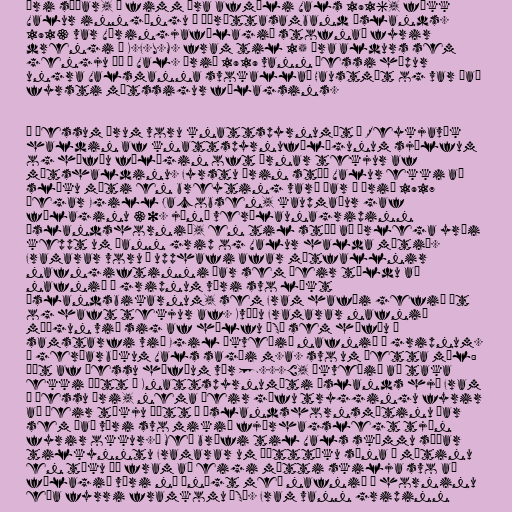
Ári síðar, á fimm ára afmæli Vals 1916, fékk
Valur inngöngu í Íþróttasamband Íslands.
1913 var Væringjafélagið stofnað fyrir
drengi í K.F.U.M. fram til 15 ára aldurs sem
gengju þá í Val. Árið 1919 vann þessi hópur
ungra Valsmanna svokallað Haustmót og var það
fyrsti mótssigur félagsins.

Á þessum árum voru knattspyrnumót í Reykjavík
haldin af knattspyrnufélögunum sjálfum
og höfðu félögin oft ærnar tekjur af
mótshaldinu. Fyrstu árin stóð Valur ekki að
slíku móti en breyting varð þar á árið 1917
þegar Egill Jacobsen, kaupmaður gaf
félaginu 30. júní verðlaunagripinn
Íslandshornið, en til stóð að árlega yrði
keppt um þann grip og Valur halda mótið.
Framarar voru í upphafi afar mótfallnir
nafngiftinni þar sem þeir töldu að
nafnið á gripnum væri svo líkt
Íslandsbikarnum, sem Fram hafði gefið út
og haft tekjur af. Kváðu Framarar nafnið
móðgun við sig af hálfu ÍSÍ sem höfðu í
samstarfi við Egil ákveðið nafnið á gripnum.
Í gerðarbókum Vals sagði m.a. svo um þetta mál:
„Út af þessu höfðum vér [...], ákveðið að taka
ekki þátt í Knattspyrnumóti Íslands hjá Fram
á þessu ári, nema þeir gæfu tryggingu fyrir
að þeir tækju þátt í Íslandshornsmótinu þar
sem það væri svo mikið fjárhagslegt tjón
fyrir okkur.“ Með bréfi til Vals skömmu síðar
tilkynntu Framarar um þátttöku sína í mótinu
en tóku þó fram að eigi mætti skilja svo að
félagið væri nú ánægt með nafnið á horninu
eða fyrri framkomu ÍSÍ. Fram vann gripinn